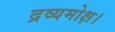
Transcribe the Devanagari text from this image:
द्रव्यमोक्ष।